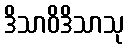
ဒိသာဝိဒိသာသု